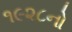
૧૯૨૮નો